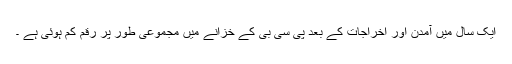
ایک سال میں آمدن اور اخراجات کے بعد پی سی بی کے خزانے میں مجموعی طور پر رقم کم ہوئی ہے ۔